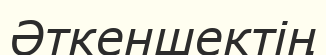
Әткеншектің